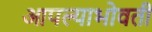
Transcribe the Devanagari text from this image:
आपल्याभोवती